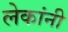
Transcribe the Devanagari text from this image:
लेकांनी